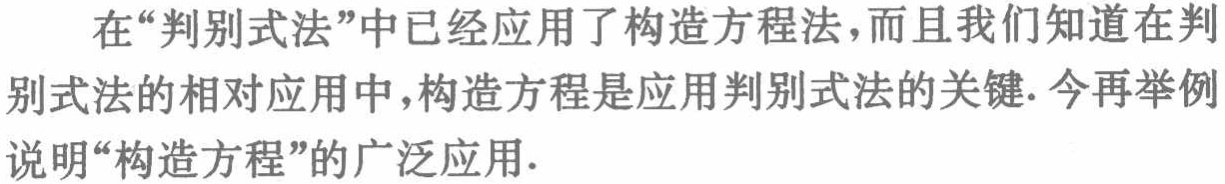
在“判别式法”中已经应用了构造方程法，而且我们知道在判别式法的相对应用中，构造方程是应用判别式法的关键. 今再举例说明“构造方程”的广泛应用.